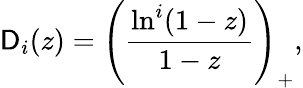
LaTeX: {\cal\mathsf{D}}_{i}(z)=\left(\frac{{\ln^{i}(1-z)}}{{1-z}}\right)_{+},